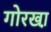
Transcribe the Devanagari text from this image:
गोरखा़